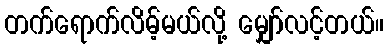
တက်ရောက်လိမ့်မယ်လို့ မျှော်လင့်တယ်။